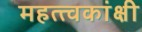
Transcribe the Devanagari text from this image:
महत्त्वकांक्षी